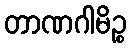
တာဏဂါမိဉ္စ